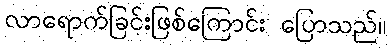
လာရောက်ခြင်းဖြစ်ကြောင်း ပြောသည်။